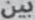
بين